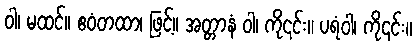
ဝါ၊ မထင်။ ဧဝံတထာ၊ ဖြင့်။ အတ္တာနံ ဝါ၊ ကို၎င်း။ ပရံဝါ၊ ကို၎င်း။